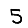
Digit: 5